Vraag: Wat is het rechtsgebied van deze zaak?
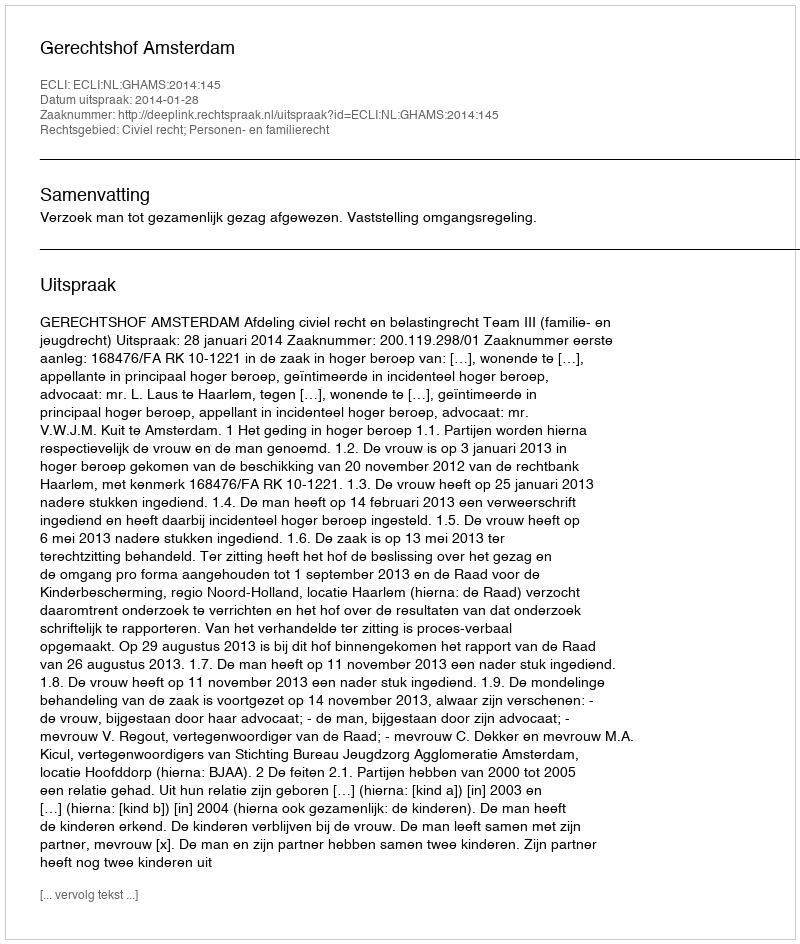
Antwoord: Civiel recht; Personen- en familierecht